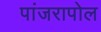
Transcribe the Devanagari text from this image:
पांजरापोल